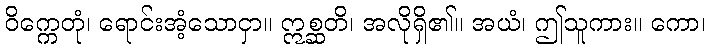
ဝိက္ကေတုံ၊ ရောင်းအံ့သောငှာ။ ဣစ္ဆတိ၊ အလိုရှိ၏။ အယံ၊ ဤသူကား။ ကော၊